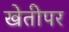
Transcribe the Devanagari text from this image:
खेतीपर